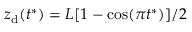
z _ { \mathrm { d } } ( t ^ { * } ) = L [ 1 - \cos ( \pi t ^ { * } ) ] / 2